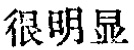
很明显